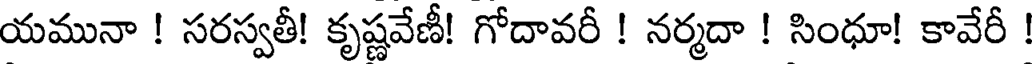
యమునా ! సరస్వతీ! కృష్ణవేణీ! గోదావరీ ! నర్మదా ! సింధూ! కావేరీ !